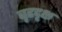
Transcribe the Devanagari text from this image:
बृहदृक्ष